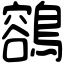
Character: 𪃾